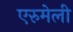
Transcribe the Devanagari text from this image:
एरुमेली